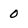
Character: 0